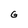
Character: G